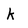
Character: K